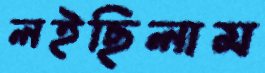
লইছিলাম